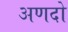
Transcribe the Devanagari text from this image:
अणदो